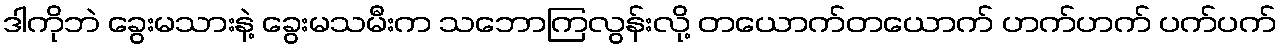
ဒါကိုဘဲ ခွေးမသားနဲ့ ခွေးမသမီးက သဘောကြလွန်းလို့ တယောက်တယောက် ဟက်ဟက် ပက်ပက်